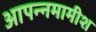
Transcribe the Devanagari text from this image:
आपन्नमामीश